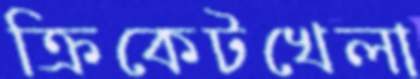
ক্রিকেটখেলা